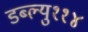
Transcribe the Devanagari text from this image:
डब्ल्यु११४